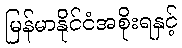
မြန်မာနိုင်ငံအစိုးရနှင့်